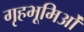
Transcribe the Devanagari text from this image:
गृहभूमिओं